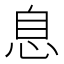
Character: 息